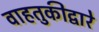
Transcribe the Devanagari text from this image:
वाहतुकीद्वारे